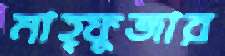
মাহ্ফুজার